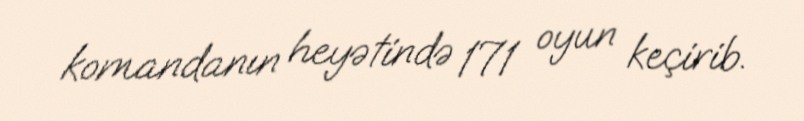
komandanın heyətində 171 oyun keçirib.